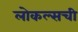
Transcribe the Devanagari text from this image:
लोकल्सची